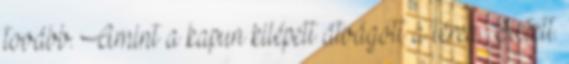
tovább. Amint a kapun kilépett átvágott a téren. Sietett.